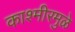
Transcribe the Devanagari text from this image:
काश्मीरमुळे